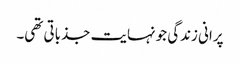
پرانی زندگی جو نہایت جذباتی تھی۔